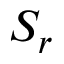
S _ { r }